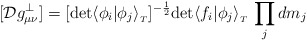
\begin{align*}[{\cal D}g^{\perp}_{\mu \nu}] = [{\rm det} \langle \phi_i \vert \phi_j\rangle_{_T}]^{-{\frac{1}{2}}}{\rm det} \langle f_i\vert\phi_j\rangle_{_T}\, \prod_j dm_j\end{align*}